Madras plague regulations in force outside the Presidency town - Volume 1
Disease focus: Plague
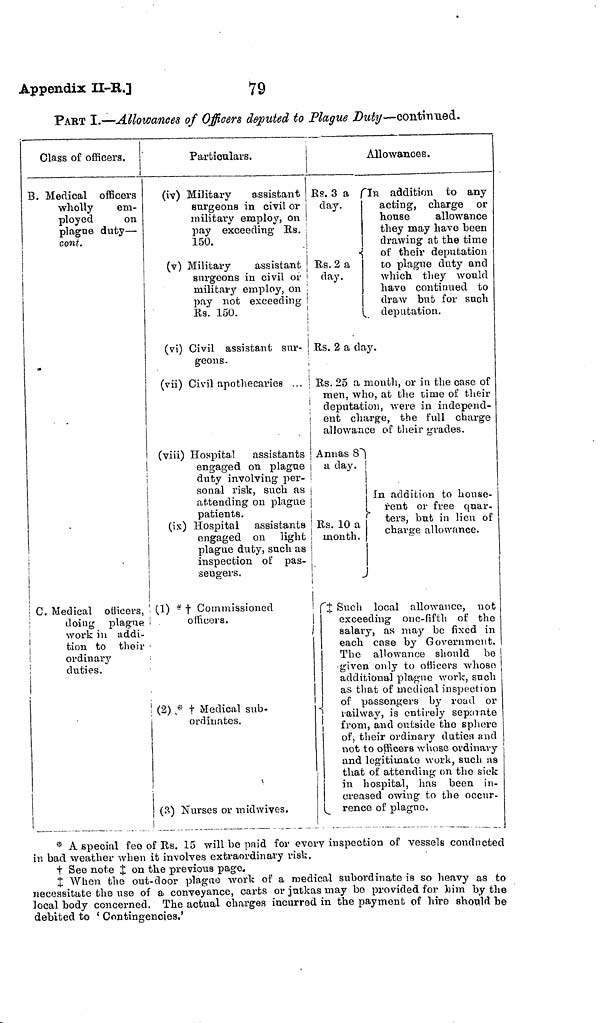
Appendix
II-B.]
79
PAKT I.—Allowances of Officers deputed to Plague Duty—contiTmed.
Class of officers.
B. Medical officers
wholly
em-
ployed
on
plague duty —
cont.
C. Medical officers,
doing plague
work in addi-
tion to their
ordinary
duties.
Particulars.
(iv) Military
assistant
surgeons in civil or
military employ, on
pay exceeding Es.
150.
(v) Military
assistant
surgeons in civil or
military employ, on
pay not exceeding
Es. 150.
(vi) Civil assistant sur-
geons.
(vii) Civil apothecaries ...
(viii) Hospital assistants
engaged on plague
duty involving per-
sonal risk, such as ¡
attending on plague
patients.
(is) Hospital assistants
engaged on light
plague duty, such as
inspection of pas-
sengers.
'
(1) * t Commissioned
i
officers.
|
(2) ,* t Medical sub-
ordinates.
(?.) Nurses or midwives.
Allowances.
Es. 3 a In addition to any
day.
acting, charge or
house
allowance
they may have been
drawing at the time
of their deputation
Es. 2 a
to plague duty and
day.
which they would
have continued to
draw but for such
deputation.
Rs. 2 a day.
Rs. 25 a month, or in the case of
men, who, at the time of their
deputation, were in independ-
ent charge, the full charge
allowance of their grades.
Annas 8
a day.
In addition to house
rent or free qnar-
Rs. 10 a
month.
chav ' e allowance.
J
Such local allowance, not
exceeding one-fifth of the
salary, as may be fixed in
each case by Government.
The allowance should be
given only to officers whoso
additional plague work, such
as that of medical inspection
of passengers by road or
railway,
is entirely separate
from, and outside the sphere
of, their ordinary duties and
not to officers whose ordinary
and legitimate work, such as
that of attending on the sic-k
in hospital, has been in-
creased owing to the occur-
rence of plague.
* A special fco of Es. 15 will be paid for every inspection of vessels conducted
in bad weather when it involves extraordinary risk.
t See note J on the previous page.
When the out-door plague work of a medical subordinate is so heavy as to
necessitate the use of a conveyance, carts or jutkas may be provided for him by the
local body concerned. The actual charges incurred in the payment of hire should be
debited to ' Contingencies.'